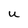
Character: U